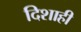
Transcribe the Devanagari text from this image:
दिशाही